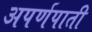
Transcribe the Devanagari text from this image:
अपर्णपाती